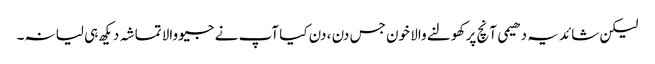
لیکن شائد یہ دھیمی آنچ پر کھولنے والا خون جس دن ، دن کیا آپ نے جیو والا تماشہ دیکھ ہی لیا نہ۔